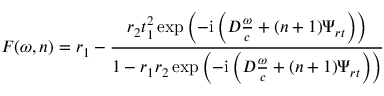
F ( \omega , n ) = r _ { 1 } - \frac { r _ { 2 } t _ { 1 } ^ { 2 } \exp \left( - \mathrm { i } \left( D \frac { \omega } { c } + ( n + 1 ) \Psi _ { r t } \right) \right) } { 1 - r _ { 1 } r _ { 2 } \exp \left( - \mathrm { i } \left( D \frac { \omega } { c } + ( n + 1 ) \Psi _ { r t } \right) \right) }